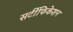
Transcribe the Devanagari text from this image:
सर्टीफिकेशन